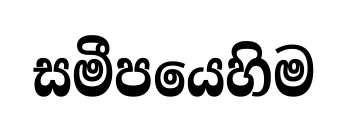
සමීපයෙහිම